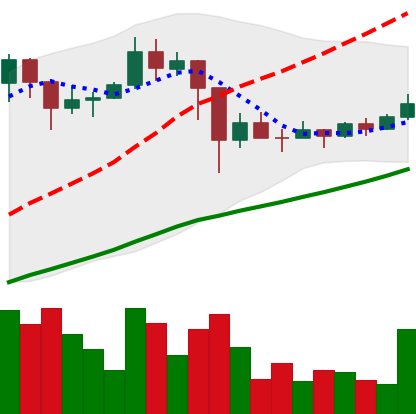
Ticker: TRX-USD
Chart end date: 2021-03-04
Forward return: 3.49%
Label: up_3_5